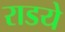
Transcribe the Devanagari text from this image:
राडये